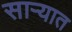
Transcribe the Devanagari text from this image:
साऱ्यात